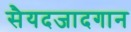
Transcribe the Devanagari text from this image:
सैयदजादगान